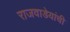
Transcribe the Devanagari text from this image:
राजवाडेयांची